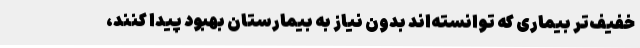
خفیف‌تر بیماری که توانسته‌اند بدون نیاز به بیمارستان بهبود پیدا کنند،